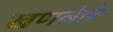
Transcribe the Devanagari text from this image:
खणलेले